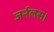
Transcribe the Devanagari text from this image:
जर्नलस।